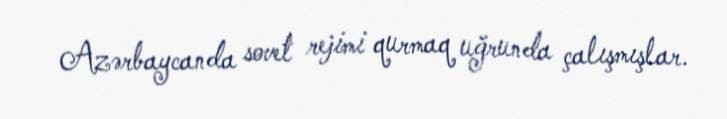
Azərbaycanda sovet rejimi qurmaq uğrunda çalışmışlar.